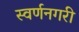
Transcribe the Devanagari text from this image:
स्‍वर्णनगरी